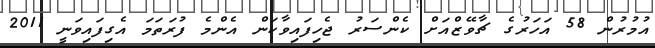
އުމުރުން 58 އަހަރުގެ ޗާވޭޒްއަށް ކެންސަރު ޖެހިފައިވާކަން އެންމެ ފުރަތަމަ އެގިފައިވަނީ 2011